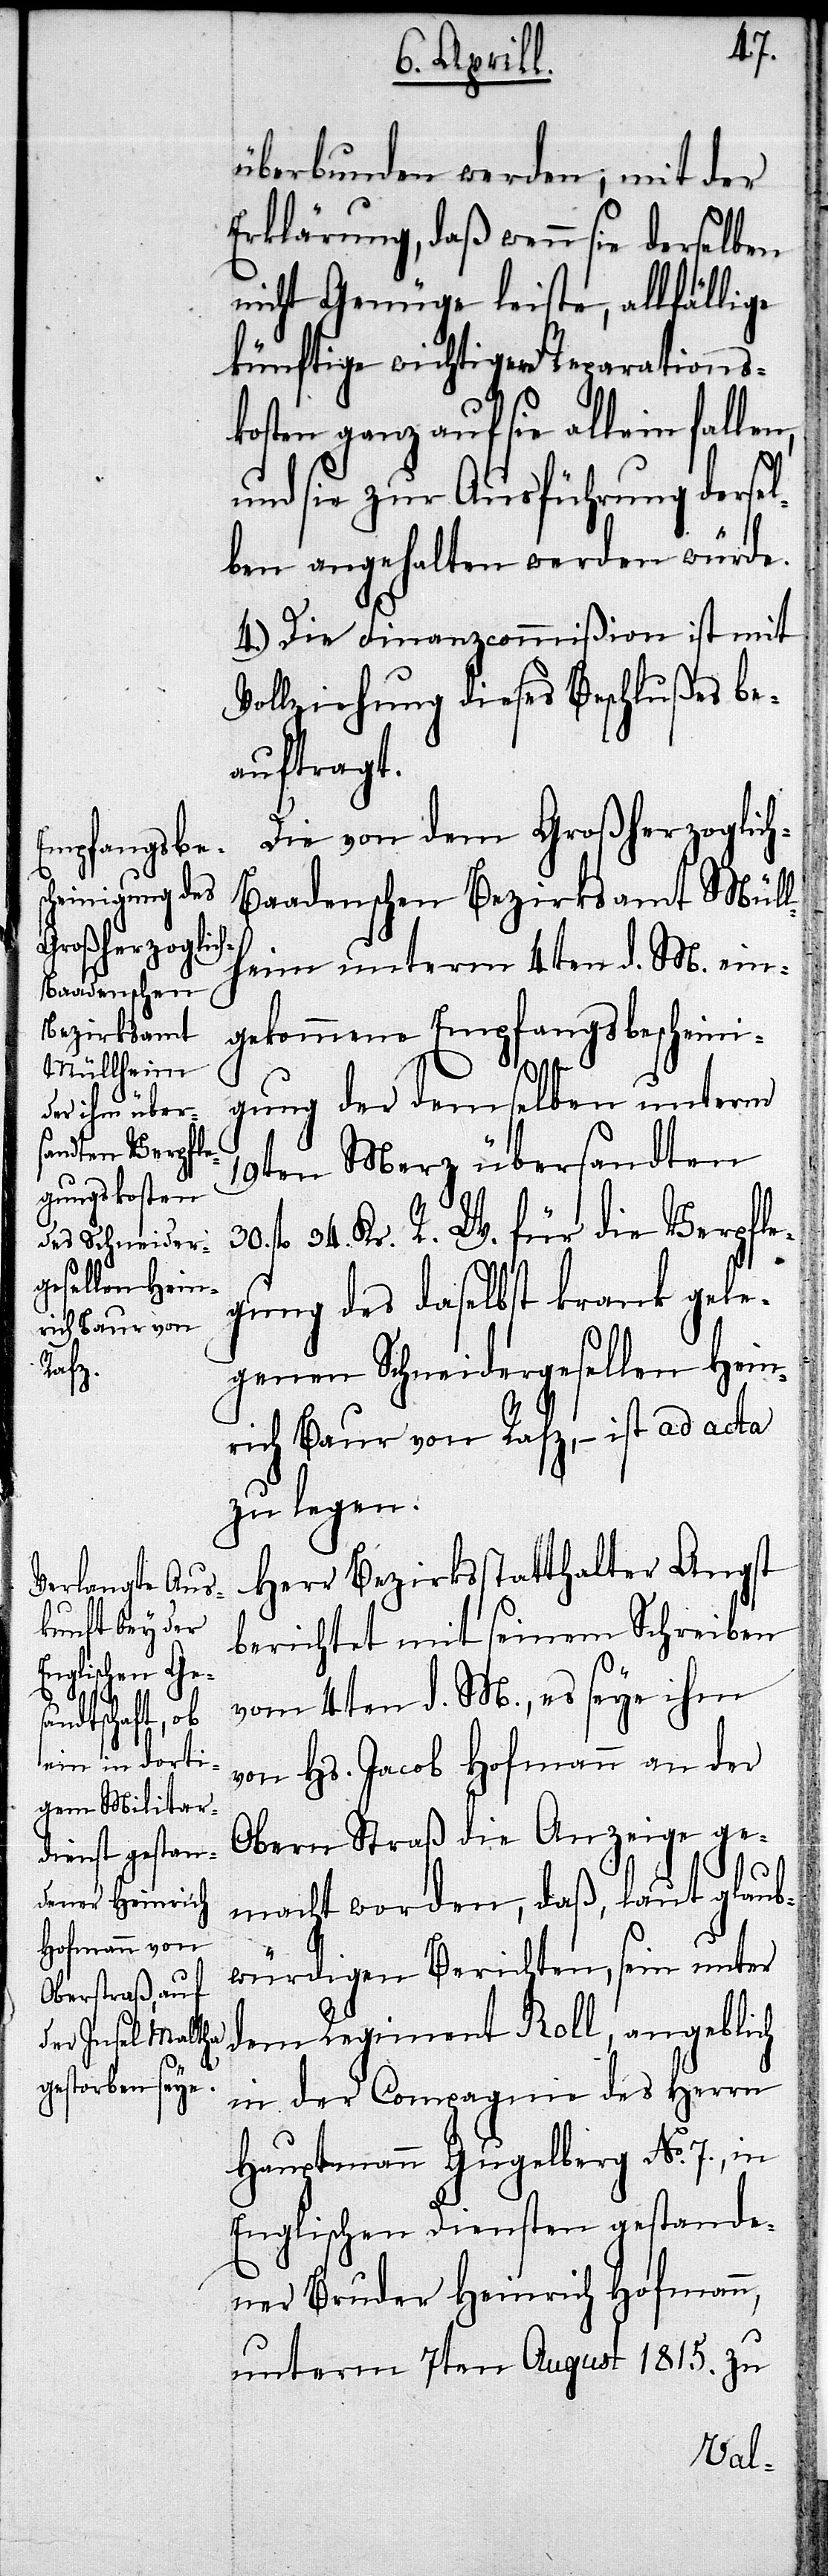
überbunden werden; mit der
Erklärung, daß wenn sie derselben
nicht Genüge leiste, allfällige
künftige wichtigere Reparations¬
kosten ganz auf sie allein falle¬
und sie zur Ausführung dersel¬
ben angehalten werden würde.
4.) Die Finanzcommißion ist mit
Vollziehung dieses Beschlußes be¬
auftragt.
Die von dem Großherzoglic¬
h-Badischen Bezirksamt Mül¬
lheim unterm 4ten d. M. ein¬
gekommene Empfangsbescheini¬
gung der demselben unterm
19ten Merz übersandten
fl. 34. Kr. R. W. für die Verpfle¬
gung des daselbst krank gele¬
genen Schneidergesellen Hein¬
rich Baur von Rafz,– ist ad acta
zu legen.
Herr Bezirksstatthalter Angst
berichtet mit seinem Schreiben
n,
vom 4ten d. M., es seye ihm
von Hs. Jacob Hofmann an der
Obern Straß die Anzeige ge¬
30.
macht worden, daß, laut glaub¬
würdigen Berichten, sein unter
dem Regiment Roll, angeblich
in der Compagnie des Herrn
Hauptmann Gugelberg No. 7., in
Englischen Diensten gestande¬
ner Bruder Heinrich Hofmann,
unterm 7ten August 1815. zu